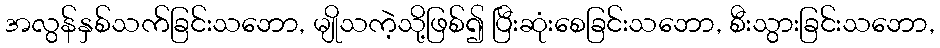
အလွန်နှစ်သက်ခြင်းသဘော, မျိုသကဲ့သို့ဖြစ်၍ ပြီးဆုံးစေခြင်းသဘော, စီးသွားခြင်းသဘော,